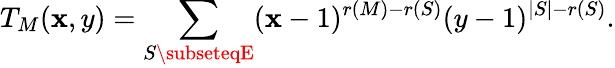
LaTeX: T_{M}(\mathbf{x},y)=\sum_{S\subseteqE}(\mathbf{x}-1)^{r(M)-r(S)}(y-1)^{|S|-r(S)}.